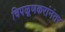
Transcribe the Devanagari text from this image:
चिपळूणकरांनंतर